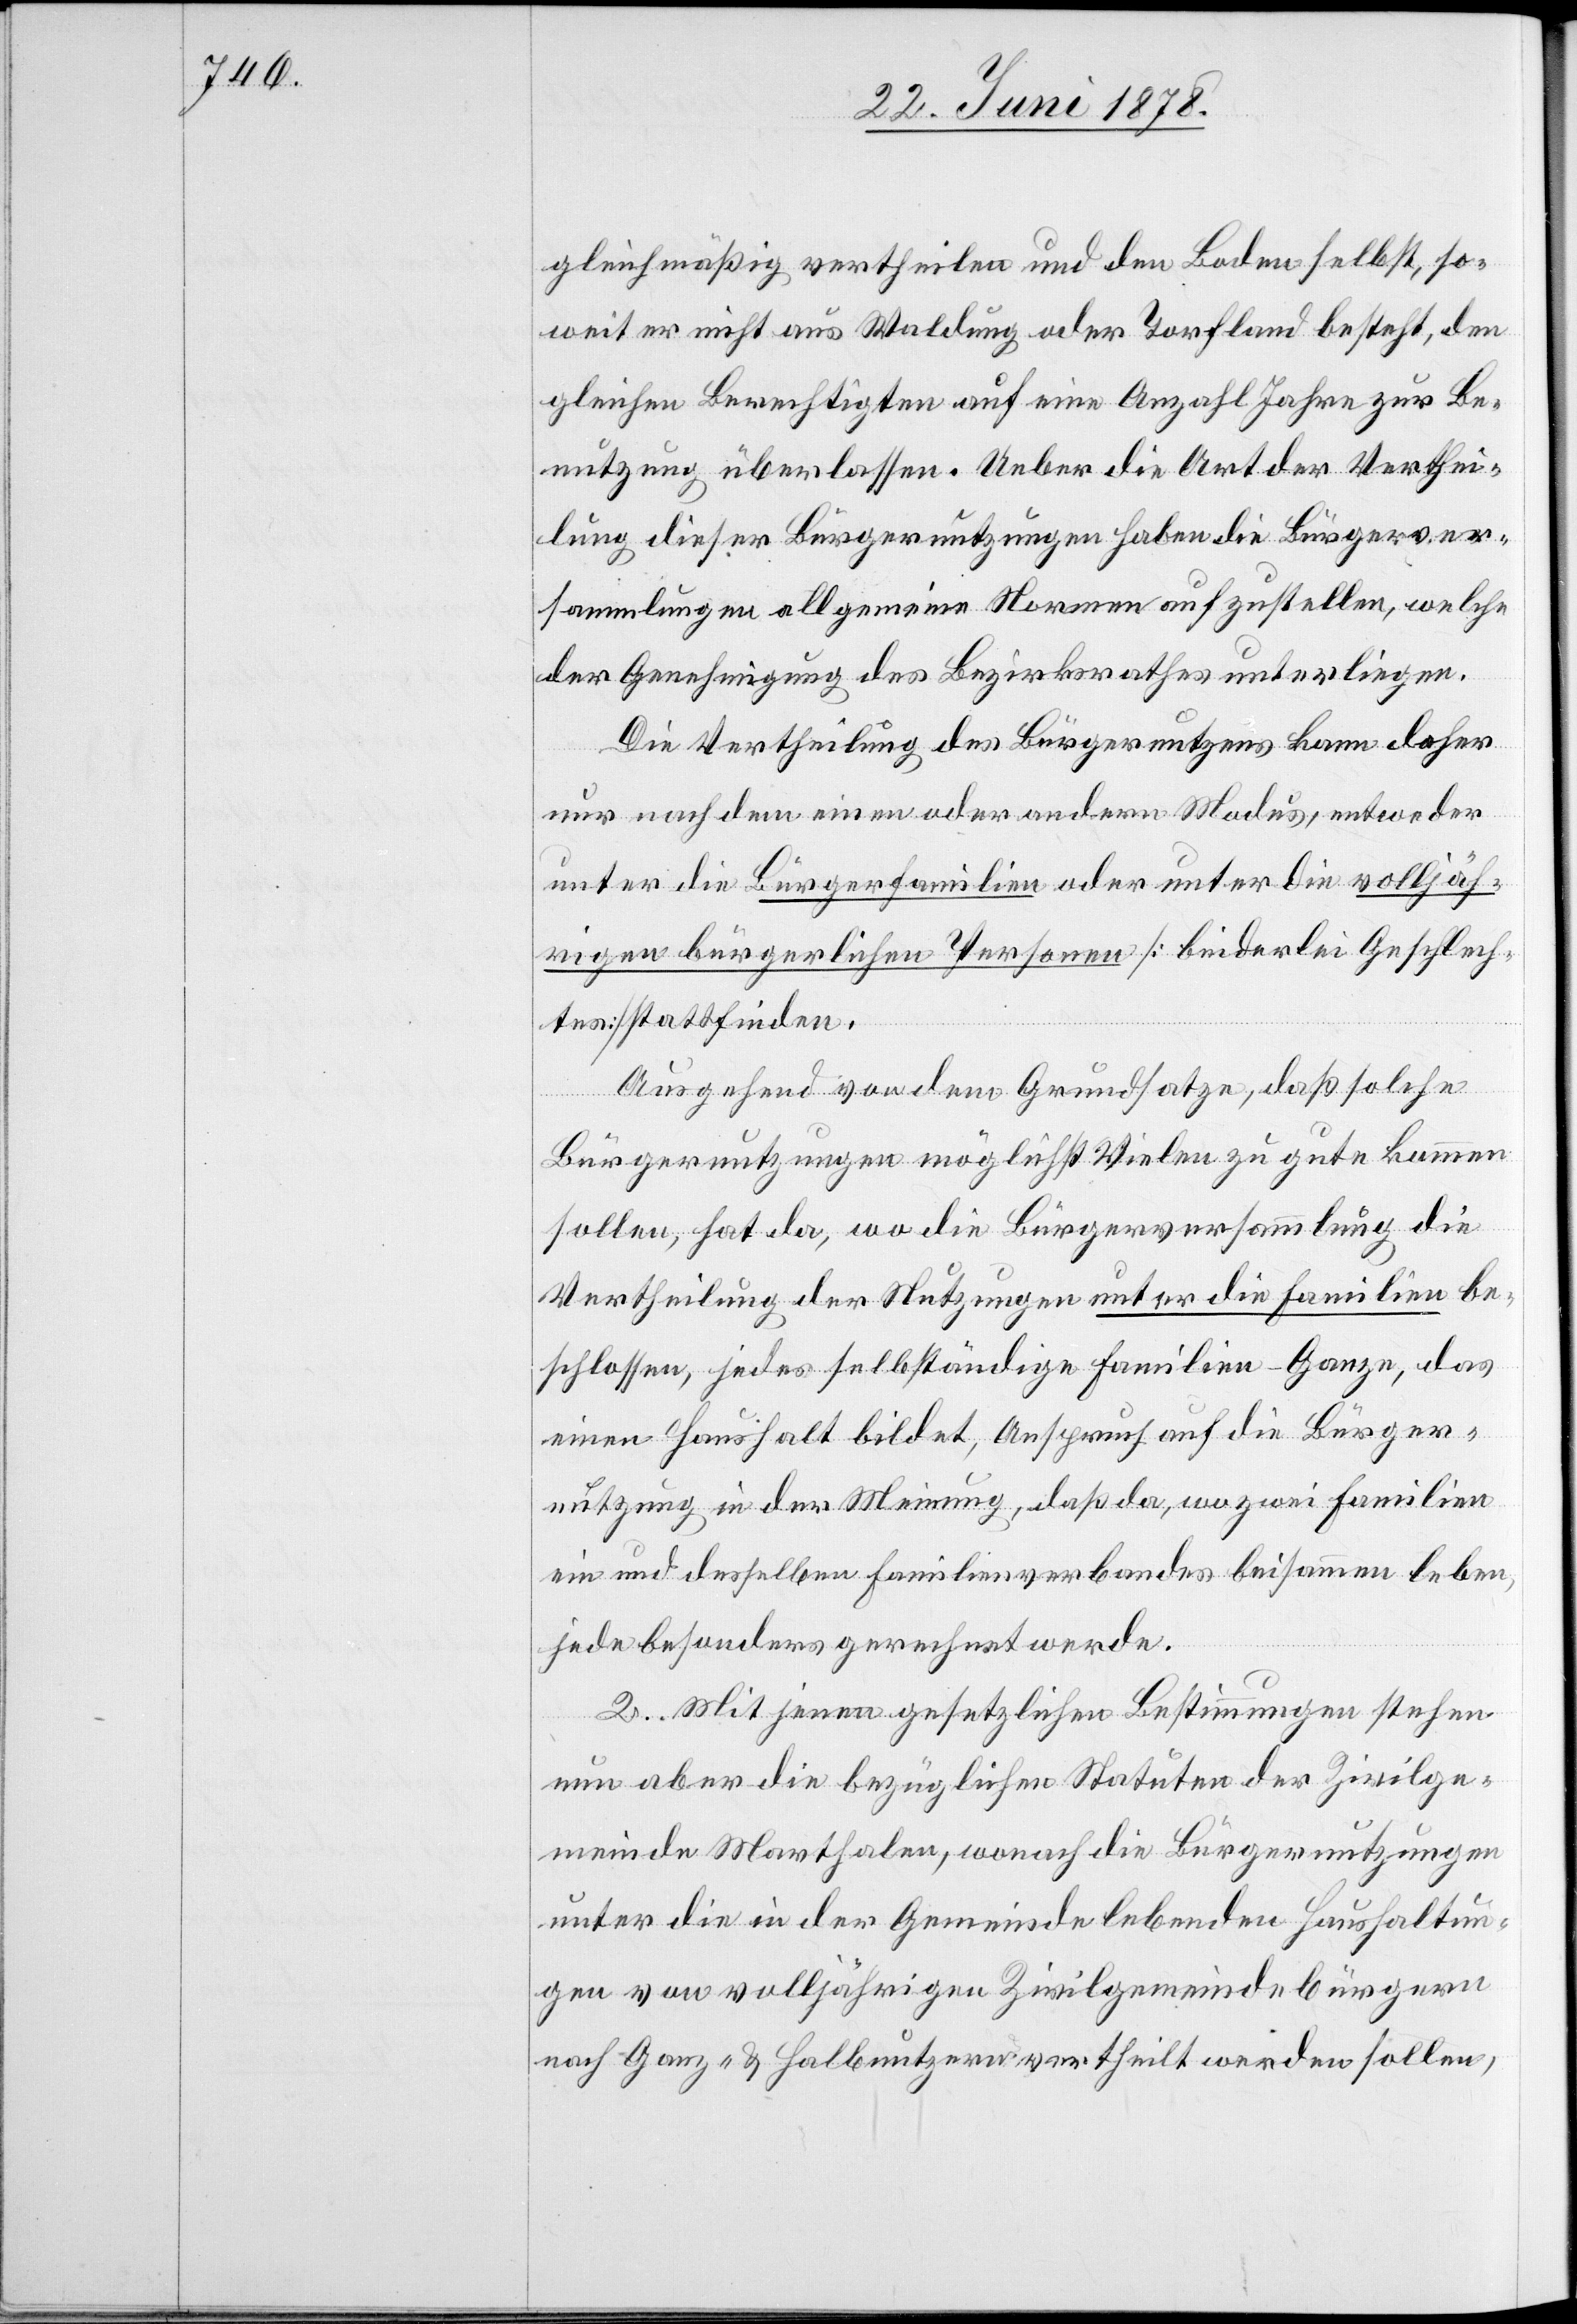
gleichmäßig vertheilen und den Boden selbst, so¬
weit er nicht aus Waldung oder Torfland besteht, den
gleichen Berechtigten auf eine Anzahl Jahre zur Be¬
nutzung überlassen. Ueber die Art der Verthei¬
lung dieser Bürgernutzungen haben die Bürgerver¬
sammlungen allgemeine Normen aufzustellen, welche
der Genehmigung des Bezirksrathes unterliegen.
Die Vertheilung des Bürgernutzens kann daher
nur nach dem einen oder andern Modus, entweder
unter die Bürgerfamilien oder unter die volljäh¬
rigen bürgerlichen Personen [beiderlei Geschlech¬
tes] stattfinden.
Ausgehend von dem Grundsatze, daß solche
Bürgernutzungen möglichst Vielen zu gute kommen
sollen, hat da, wo die Bürgerversammlung die
Vertheilung der Nutzungen unter die Familien be¬
schlossen, jedes selbständige Familien-Ganze, das
einen Haushalt bildet, Anspruch auf die Bürger¬
nutzung in der Meinung, daß da, wo zwei Familien
ein und desselben Familienverbandes beisammen leben,
jede besonders gerechnet werde.
2. Mit jenen gesetzlichen Bestimmungen stehen
nun aber die bezüglichen Statuten der Zivilge¬
meinde Marthalen, wonach die Bürgernutzungen
unter die in der Gemeinde lebenden Haushaltun¬
gen von volljährigen Zivilgemeindebürgern
nach Ganz- & Halbnutzern vertheilt werden sollen,